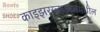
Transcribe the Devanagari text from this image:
काइझरस्लाउटर्नमधील